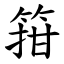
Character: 箝